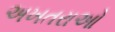
અખતરાઓ